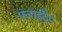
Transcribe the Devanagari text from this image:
फ़्लाईट्रैप